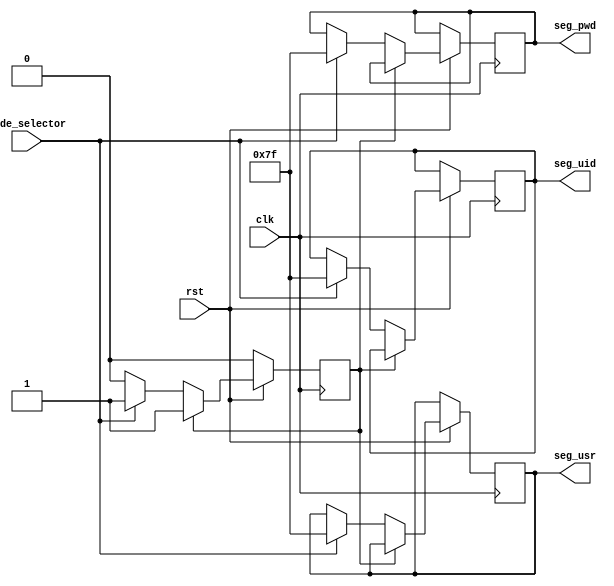
module seven_seg_init(clk, rst, mode_selector, seg_usr, seg_uid, seg_pwd);

input clk, rst;
input mode_selector;
output [6:0] seg_pwd, seg_usr,seg_uid;
reg [6:0] seg_pwd, seg_usr,seg_uid;

parameter INIT=0;
parameter END1=1;

reg state;

always@(posedge clk)
	begin
		if(rst==1'b0)
			begin
				state<=INIT;
			end
		else
			begin
				case(state)
					INIT:
						begin
							if(mode_selector==1'b1)
								begin
									seg_usr<=7'b1111111;
									seg_pwd<=7'b1111111;
									seg_uid<=7'b1111111;
									state<=END1;
								end
						end
					
					END1:
						begin
							state<=state;
						end
				endcase
				
			end
			
	end

endmodule